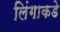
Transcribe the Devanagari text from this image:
लिंगाकडे